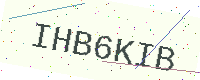
Text: IHB6KIB